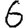
Digit: 6